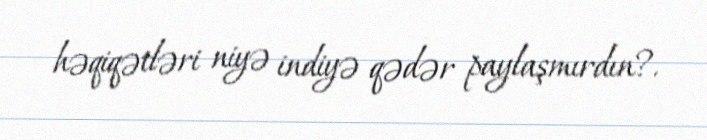
həqiqətləri niyə indiyə qədər paylaşmırdın?.